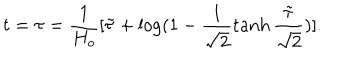
t = \tau = \frac { 1 } { H _ { o } } [ \tilde { \tau } + \log ( 1 - \frac { 1 } { \sqrt { 2 } } \tanh \frac { \tilde { \tau } } { \sqrt { 2 } } ) ] .